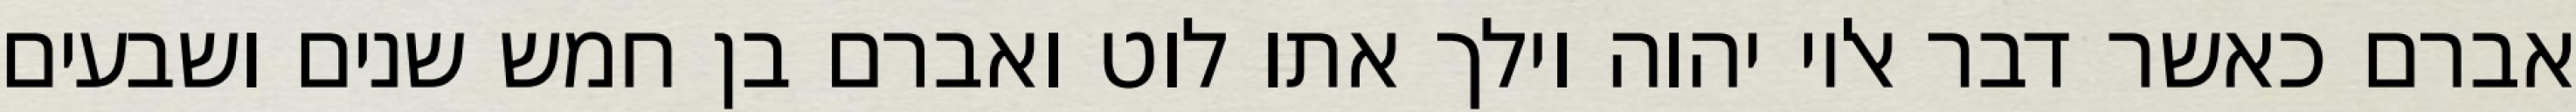
אברם כאשר דבר אליו יהוה וילך אתו לוט ואברם בן חמש שנים ושבעים